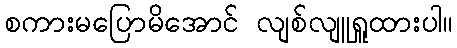
စကားမပြောမိအောင် လျစ်လျူရှူထားပါ။